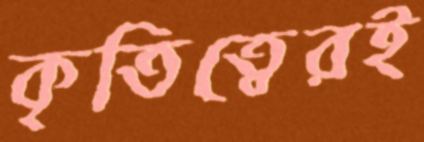
কৃতিত্বেরই